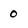
Character: 0